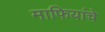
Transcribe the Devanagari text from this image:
माफियांचे